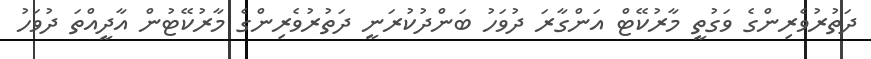
ދަތުރުވެރިންގެ ވަގުތީ މާރުކޭޓް އަންގާރަ ދުވަހު ބަންދުކުރަނީ ދަތުރުވެރިންގެ މާރުކޭޓުން އާދީއްތަ ދުވަހު